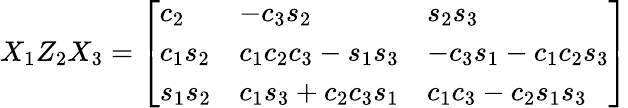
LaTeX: X_{1}Z_{2}X_{3}={\left[\begin{array}{lll}{c_{2}}&{-c_{3}s_{2}}&{s_{2}s_{3}}\\ {c_{1}s_{2}}&{c_{1}c_{2}c_{3}-s_{1}s_{3}}&{-c_{3}s_{1}-c_{1}c_{2}s_{3}}\\ {s_{1}s_{2}}&{c_{1}s_{3}+c_{2}c_{3}s_{1}}&{c_{1}c_{3}-c_{2}s_{1}s_{3}}\end{array}\right]}